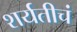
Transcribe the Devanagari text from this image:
शर्यतीचं